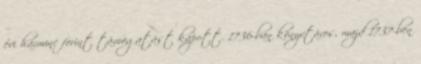
évi harminc forint támogatást kapott. 1736-ban könyvtáros, majd 1737-ben